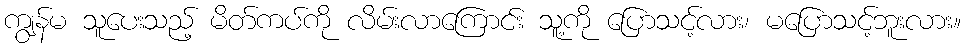
ကျွန်မ သူပေးသည့် မိတ်ကပ်ကို လိမ်းလာကြောင်း သူ့ကို ပြောသင့်လား၊ မပြောသင့်ဘူးလား။